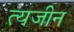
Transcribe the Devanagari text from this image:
त्यजीन